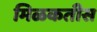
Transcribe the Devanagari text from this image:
मिळकतीस